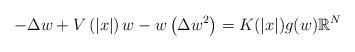
LaTeX: \begin{align*}-\Delta w+ V\left( \left| x\right| \right) w - w \left( \Delta w^2 \right)= K(|x|) g(w) \mathbb{R}^{N}\end{align*}